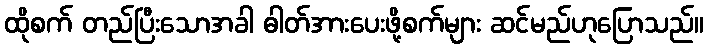
ထိုစက် တည်ပြီးသောအခါ ဓါတ်အားပေးဖို့စက်များ ဆင်မည်ဟုပြောသည်။